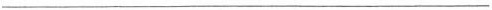
___